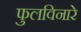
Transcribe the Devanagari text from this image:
फुलविनारे